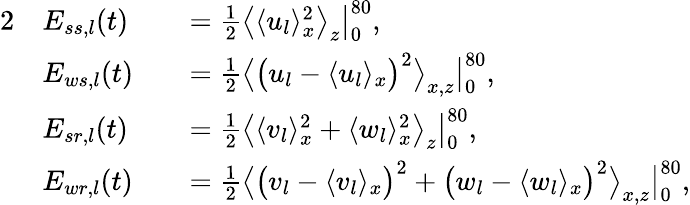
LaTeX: \begin{array}{rlrl}{{2}}&{E_{ss,l}(t)}&&{=\frac{1}{2}\big\langle\langle u_{l}\rangle_{x}^{2}\big\rangle_{z}\big|_{0}^{80},}\\ &{E_{ws,l}(t)}&&{=\frac{1}{2}\big\langle\big(u_{l}-\langle u_{l}\rangle_{x}\big)^{2}\big\rangle_{x,z}\big|_{0}^{80},}\\ &{E_{sr,l}(t)}&&{=\frac{1}{2}\big\langle\langle v_{l}\rangle_{x}^{2}+\langle w_{l}\rangle_{x}^{2}\big\rangle_{z}\big|_{0}^{80},}\\ &{E_{wr,l}(t)}&&{=\frac{1}{2}\big\langle\big(v_{l}-\langle v_{l}\rangle_{x}\big)^{2}+\big(w_{l}-\langle w_{l}\rangle_{x}\big)^{2}\big\rangle_{x,z}\big|_{0}^{80},}\end{array}